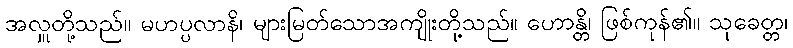
အလှူတို့သည်။ မဟပ္ပလာနိ၊ များမြတ်သောအကျိုးတို့သည်။ ဟောန္တိ၊ ဖြစ်ကုန်၏။ သုခေတ္တ၊